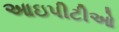
આઇપીટીઓ